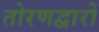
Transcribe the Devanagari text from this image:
तोरणद्वारों